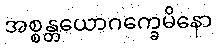
အစ္စန္တယောဂက္ခေမိနော